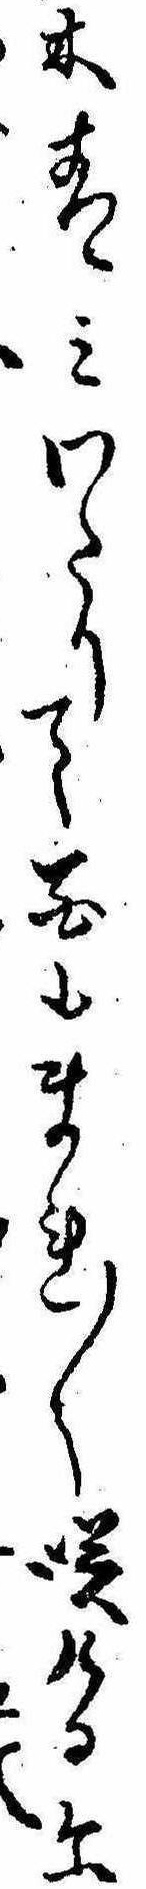
木青みわたりて花もまれ〱咲けるに